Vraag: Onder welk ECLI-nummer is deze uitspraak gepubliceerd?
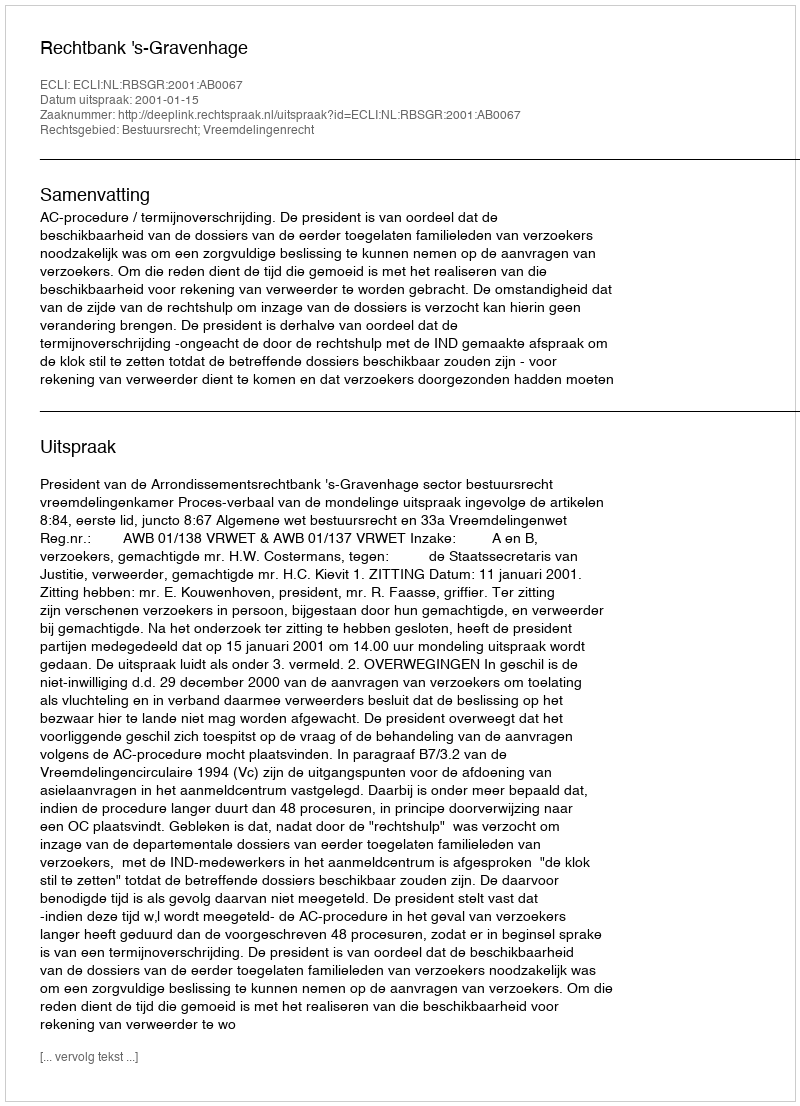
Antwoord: ECLI:NL:RBSGR:2001:AB0067